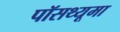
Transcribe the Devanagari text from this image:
पॉसथ्यूमा